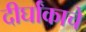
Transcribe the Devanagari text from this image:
दीर्घांकाचे